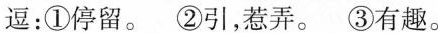
逗：①停留。②引，惹弄。 ③有趣。